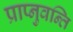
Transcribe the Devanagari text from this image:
प्राप्नुवन्ति